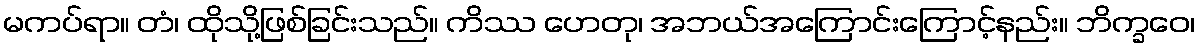
မကပ်ရာ။ တံ၊ ထိုသို့ဖြစ်ခြင်းသည်။ ကိဿ ဟေတု၊ အဘယ်အကြောင်းကြောင့်နည်း။ ဘိက္ခဝေ၊